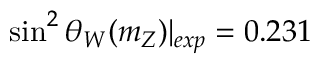
\sin ^ { 2 } \theta _ { W } ( m _ { Z } ) | _ { e x p } = 0 . 2 3 1